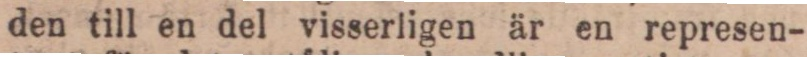
den till en del visserligen är en represen-